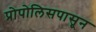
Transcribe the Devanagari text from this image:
प्रोपोलिसपासून